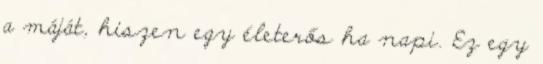
a máját, hiszen egy életerős ha napi. Ez egy